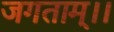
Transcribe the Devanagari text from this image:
जगताम्।।